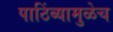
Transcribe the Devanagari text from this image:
पाठिंब्यामुळेच